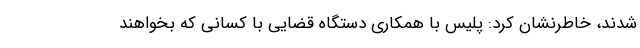
شدند، خاطرنشان کرد: پلیس با همکاری دستگاه قضایی با کسانی که بخواهند